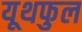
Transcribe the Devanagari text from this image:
यूथफुल